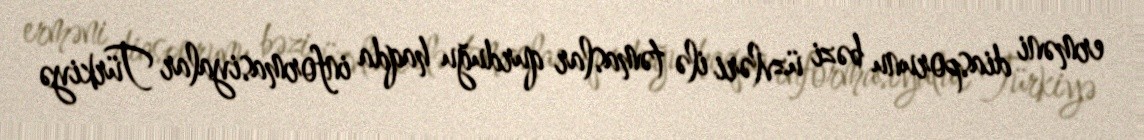
erməni diasporunu bəzi üzvləri ilə təmaslar qurduğu haqda informasiyalar Türkiyə